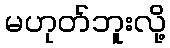
မဟုတ်ဘူးလို့